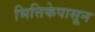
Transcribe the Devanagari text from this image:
भित्तिकेपासून